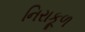
નિરાકૂળ